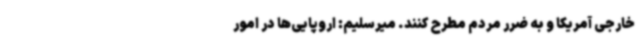
خارجی آمریکا و به ضرر مردم مطرح کنند. میرسلیم: اروپایی‌ها در امور